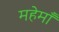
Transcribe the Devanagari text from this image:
महेमाँ